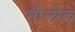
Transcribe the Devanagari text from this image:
मौन्ग्रेल